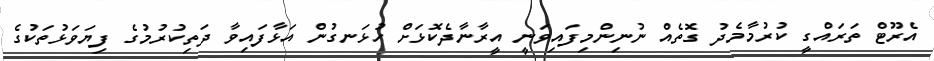
އެރޫޓް ތަރައްގީ ކުރުމާމެދު ގޮތެއް ނުނިންމިފައިވަނީ އީރާނާދެކޮޅަށް ހުޅަނގުން އަޅާފައިވާ ދަތިކުރުމުގެ ފިޔަވަޅުތަކުގެ